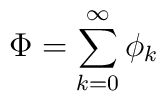
\Phi = \sum_{k=0}^{\infty} \phi_k